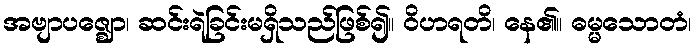
အဗျာပဇ္ဈော၊ ဆင်းရဲခြင်းမရှိသည်ဖြစ်၍။ ဝိဟရတိ၊ နေ၏။ ဓမ္မသောတံ၊